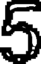
5